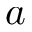
a